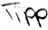
Text: Tipp